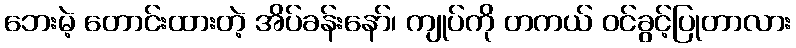
ဘေးမဲ့ တောင်းထားတဲ့ အိပ်ခန်းနော်၊ ကျုပ်ကို တကယ် ဝင်ခွင့်ပြုတာလား